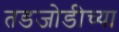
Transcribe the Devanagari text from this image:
तडजोडीच्या